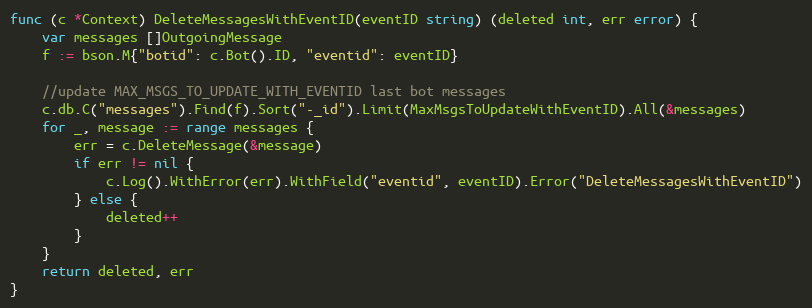
Language: Go
func (c *Context) DeleteMessagesWithEventID(eventID string) (deleted int, err error) {
	var messages []OutgoingMessage
	f := bson.M{"botid": c.Bot().ID, "eventid": eventID}

	//update MAX_MSGS_TO_UPDATE_WITH_EVENTID last bot messages
	c.db.C("messages").Find(f).Sort("-_id").Limit(MaxMsgsToUpdateWithEventID).All(&messages)
	for _, message := range messages {
		err = c.DeleteMessage(&message)
		if err != nil {
			c.Log().WithError(err).WithField("eventid", eventID).Error("DeleteMessagesWithEventID")
		} else {
			deleted++
		}
	}
	return deleted, err
}